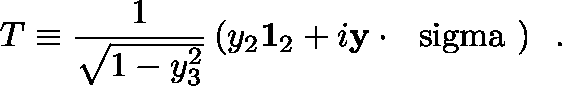
T \equiv \frac { 1 } { \sqrt { 1 - y _ { 3 } ^ { 2 } } } \left( y _ { 2 } { \bf 1 } _ { 2 } + i { \bf y } \cdot \mathrm { \boldmath ~ \ s i g m a ~ } \right) \; \; .